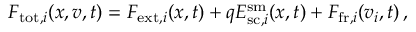
F _ { \mathrm { t o t } , i } ( \boldsymbol { x } , \boldsymbol { v } , t ) = F _ { \mathrm { e x t } , i } ( \boldsymbol { x } , t ) + q E _ { \mathrm { s c } , i } ^ { \mathrm { s m } } ( \boldsymbol { x } , t ) + F _ { \mathrm { f r } , i } ( v _ { i } , t ) \, ,